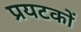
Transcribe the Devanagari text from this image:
प्रयटकों